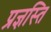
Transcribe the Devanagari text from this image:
प्रज्ञस्ति